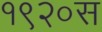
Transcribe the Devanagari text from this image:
१९२०स